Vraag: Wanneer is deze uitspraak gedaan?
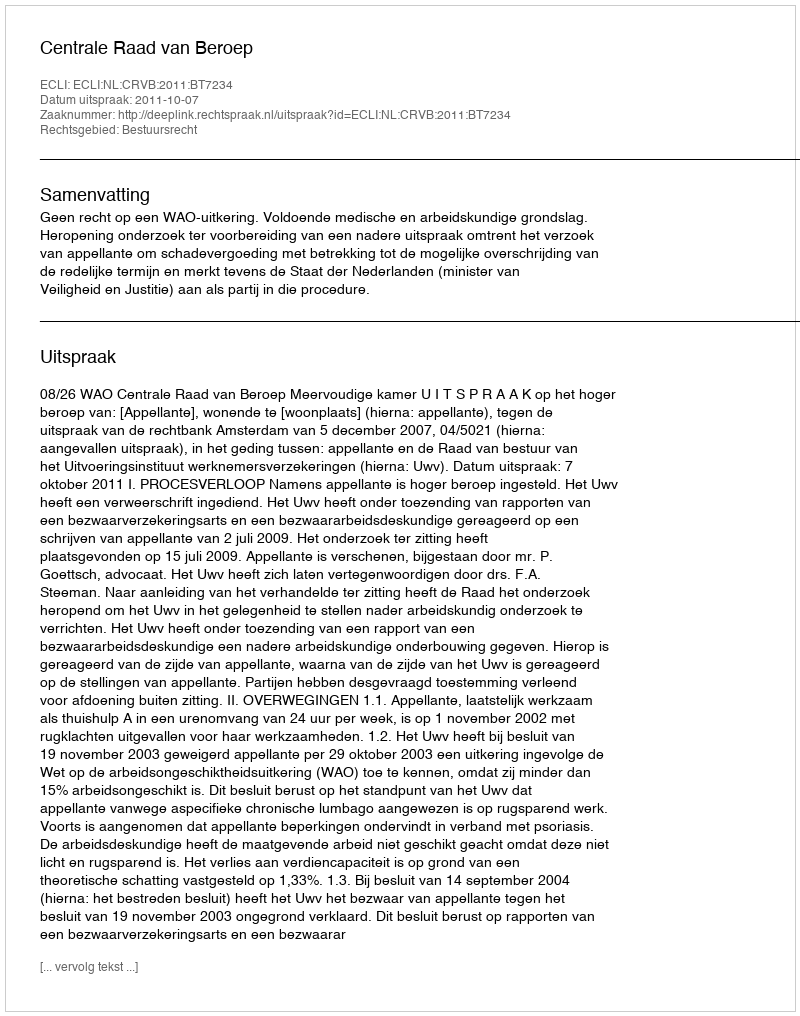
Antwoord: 2011-10-07